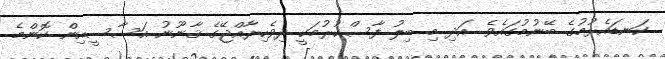
ކަނޑައެޅުމުގެ ބޭނުމުގައެވެ. އަދި މި ބިލު ފާސްކުރުމަކީ ދިވެހިރާއްޖޭގެ ޤާނޫނު އަސާސީއިން ކޮންމެ